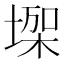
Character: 𰊏